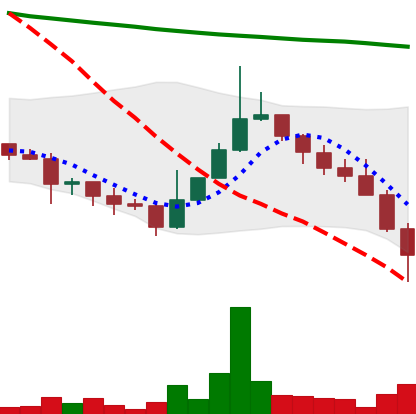
Ticker: DOGE-USD
Chart end date: 2022-01-22
Forward return: 6.287%
Label: up_5_7